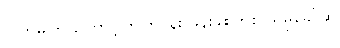
ပြုကြမူကြ ကြောင့်ကြကြငှန်း ဖန်းခါးကြစု သိမှုခေါ်ဆို